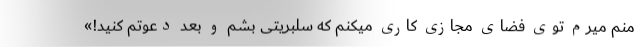
منم میرم توی فضای مجازی کاری میکنم که سلبریتی بشم و بعد دعوتم کنید!»